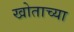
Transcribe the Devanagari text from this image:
खोताच्या